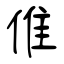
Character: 倠